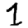
Digit: 1